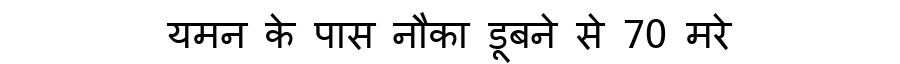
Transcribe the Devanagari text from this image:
यमन के पास नौका डूबने से 70 मरे